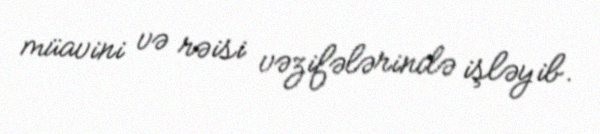
müavini və rəisi vəzifələrində işləyib.